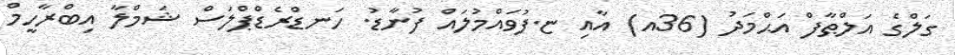
ގަލްގެ އަލްޠާފް އަޙްމަދު (36އ) އާއި ޏ.ފުވައްމުލައް ފުނާޑު. ހަނޑްރެޑްޕްލަސް ޝަމްލާ އިބްރާހީމް